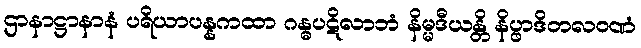
ဌာနာဋ္ဌာနာနံ ပရိယာပန္နကထာ ဂန္ဓပဋိလာဘံ နိမ္မဒီယန္တိ နိပ္ဖာဒိတလဝဏံ